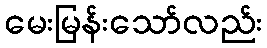
မေးမြန်းသော်လည်း